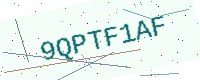
Text: 9QPTF1AF